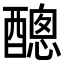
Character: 𨢨